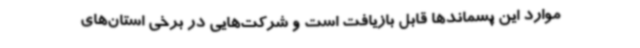
موارد این پسماندها قابل بازیافت است و شرکت‌هایی در برخی استان‌های